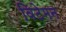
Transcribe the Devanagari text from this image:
विटेमन